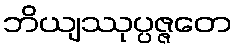
ဘိယျဿုပ္ပဇ္ဇတေ